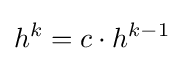
h^{k}=c\cdot h^{k-1}